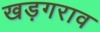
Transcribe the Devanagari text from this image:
खड़गराव